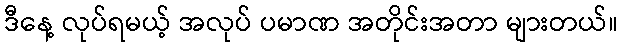
ဒီနေ့ လုပ်ရမယ့် အလုပ် ပမာဏ အတိုင်းအတာ များတယ်။